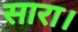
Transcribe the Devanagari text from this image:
सारा।